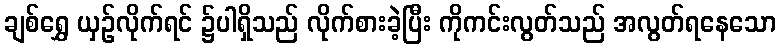
ချစ်ရွှေ ယှဉ်လိုက်ရင် ၌ပါရှိသည် လိုက်စားခဲ့ပြီး ကိုကင်းလွတ်သည် အလွတ်ရနေသော